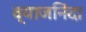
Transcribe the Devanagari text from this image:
व्याजनिंदा